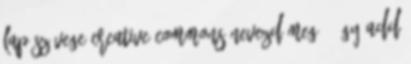
lap szövege Creative Commons Nevezd meg – Így add